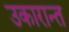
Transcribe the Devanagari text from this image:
उकारान्त